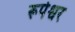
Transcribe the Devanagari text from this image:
रूपेश्वर